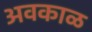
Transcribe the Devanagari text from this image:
अवकाळ